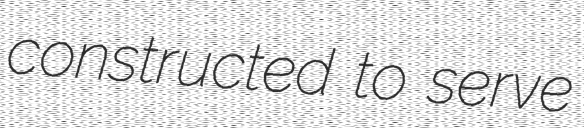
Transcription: constructed to serve